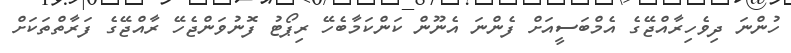
ހުންނަ ދިވެހިރާއްޖޭގެ އެމްބަސީއަށް ފެންނަ އެނޫން ކަންކަމާބެހޭ ރިޕޯޓު ފޮނުވަންޖެހޭ ރާއްޖޭގެ ފަރާތްތަކަށް